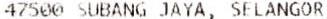
47500 SUBANG JAYA, SELANGOR